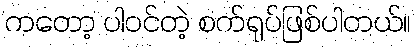
ကတော့ ပါဝင်တဲ့ စက်ရုပ်ဖြစ်ပါတယ်။